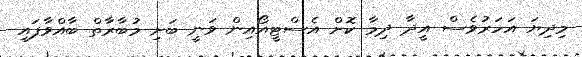
މިދިޔަ އަހަރުވެސް އީދާ ދިމާ ކޮށް އެސްޓީއޯއިން ވަނީ ބަށި މުބާރާތް ބާއްވާފައި